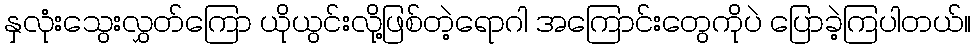
နှလုံးသွေးလွှတ်ကြော ယိုယွင်းလို့ဖြစ်တဲ့ရောဂါ အကြောင်းတွေကိုပဲ ပြောခဲ့ကြပါတယ်။